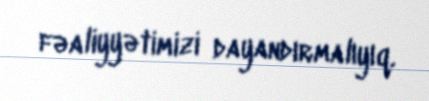
fəaliyyətimizi dayandırmalıyıq.